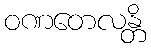
ဝဏတေလန္တိ